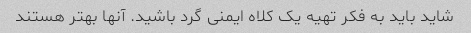
شاید باید به فکر تهیه یک کلاه ایمنی گرد باشید. آنها بهتر هستند